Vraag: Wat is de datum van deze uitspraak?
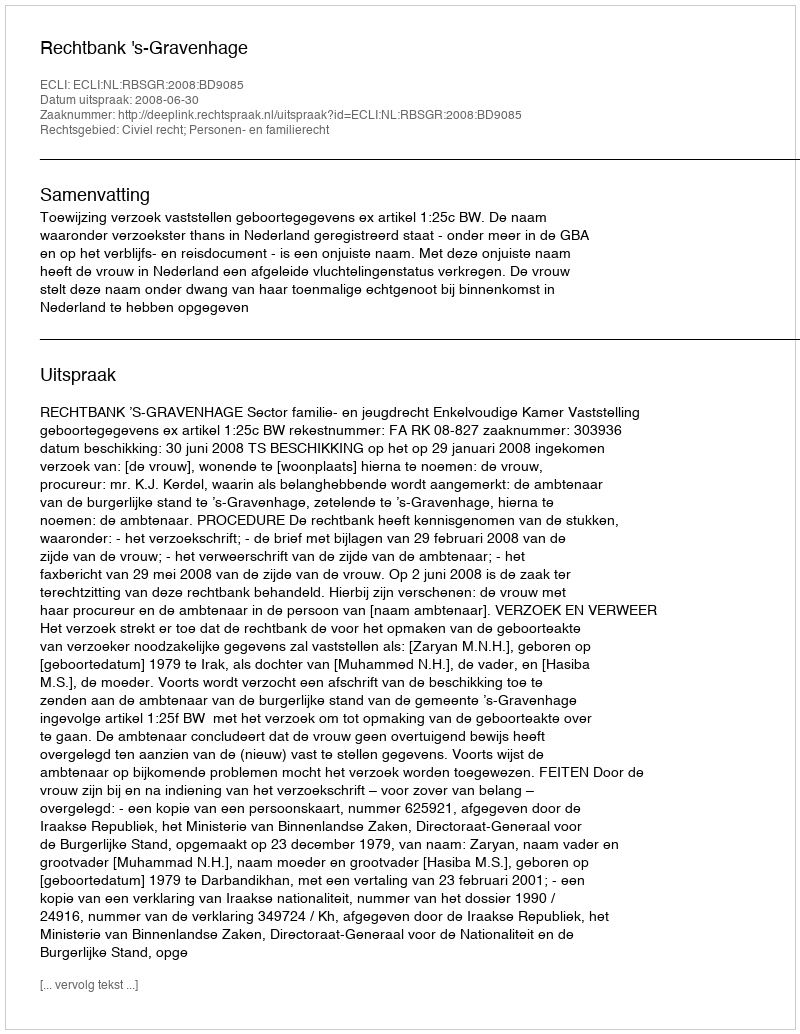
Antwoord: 2008-06-30